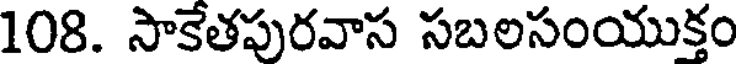
108. సాకేతపురవాస సబలసంయుక్తం